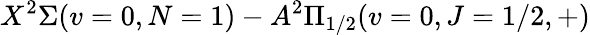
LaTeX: X^{2}\Sigma(v=0,N=1)-A^{2}\Pi_{1/2}(v=0,J=1/2,+)